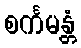
စင်္ကမန္တံ